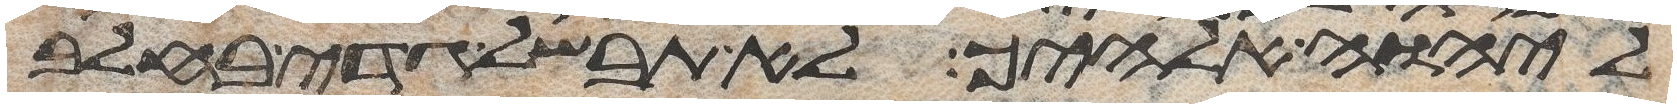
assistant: ליהוה אלהיך לא תבשל גדי בחלב